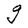
Character: g